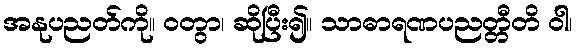
အနုပညတ်ကို။ ဝတွာ၊ ဆိုပြီး၍။ သာဓာရဏပညတ္တီတိ ဝါ၊